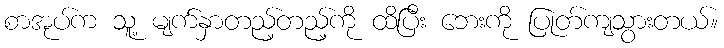
စာအုပ်က သူ့ မျက်နှာတည့်တည့်ကို ထိပြီး ဘေးကို ပြုတ်ကျသွားတယ်။